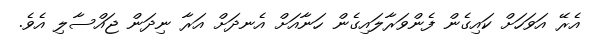
އެރޭ އަވަހަށް ކައިގެން ފެންވަރާލައިގެން ހަނާއަށް އެނދަށް އަރާ ނިދަން ޖައްސާލި އެވެ.